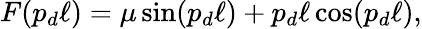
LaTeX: F(p_{d}\ell)=\mu\sin(p_{d}\ell)+p_{d}\ell\cos(p_{d}\ell),